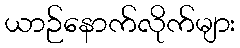
ယာဉ်နောက်လိုက်များ